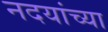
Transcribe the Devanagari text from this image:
नदयांच्या